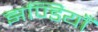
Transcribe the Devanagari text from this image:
झण्डियाँ